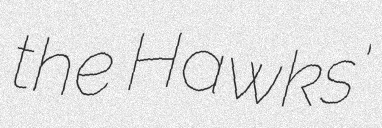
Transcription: the Hawks'